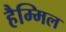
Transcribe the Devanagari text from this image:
हैम्मिल